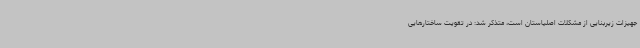
جهیزات زیربنایی از مشکلات اصلیاستان است، متذکر شد: در تقویت ساختارهایی